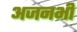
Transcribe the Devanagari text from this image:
अजनभी